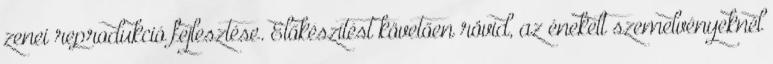
zenei reprodukció fejlesztése. Előkészítést követően rövid, az énekelt szemelvényeknél